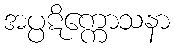
အပ္ပဋိက္ကောသနာ